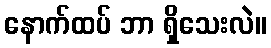
နောက်ထပ် ဘာ ရှိသေးလဲ။